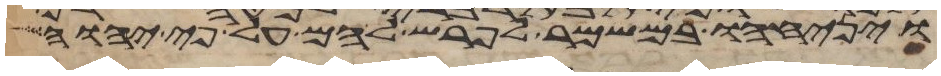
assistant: ויניחהו במשמר לפרש להם על פי יהוה